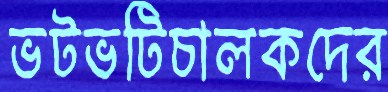
ভটভটিচালকদের